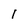
Character: I